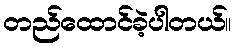
တည်ထောင်ခဲ့ပါတယ်။